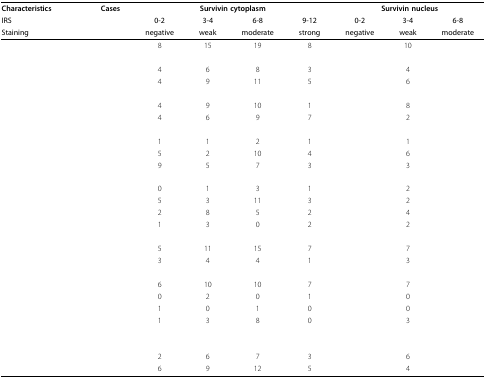
<table><thead><tr><td><b>Characteristics</b></td><td><b>Cases</b></td><td colspan="4"><b>Survivin cytoplasm</b></td><td colspan="3"><b>Survivin nucleus</b></td></tr><tr><td><b>IRS</b></td><td>[EMPTY_CELL]</td><td><b>0-2</b></td><td><b>3-4</b></td><td><b>6-8</b></td><td><b>9-12</b></td><td><b>0-2</b></td><td><b>3-4</b></td><td><b>6-8</b></td></tr><tr><td><b>Staining</b></td><td>[EMPTY_CELL]</td><td><b>negative</b></td><td><b>weak</b></td><td><b>moderate</b></td><td><b>strong</b></td><td><b>negative</b></td><td><b>weak</b></td><td><b>moderate</b></td></tr></thead><tbody><tr><td>[EMPTY_CELL]</td><td>[EMPTY_CELL]</td><td>8</td><td>15</td><td>19</td><td>8</td><td>[EMPTY_CELL]</td><td>10</td><td>[EMPTY_CELL]</td></tr><tr><td>[EMPTY_CELL]</td><td>[EMPTY_CELL]</td><td>[EMPTY_CELL]</td><td>[EMPTY_CELL]</td><td>[EMPTY_CELL]</td><td>[EMPTY_CELL]</td><td>[EMPTY_CELL]</td><td>[EMPTY_CELL]</td><td>[EMPTY_CELL]</td></tr><tr><td>[EMPTY_CELL]</td><td>[EMPTY_CELL]</td><td>4</td><td>6</td><td>8</td><td>3</td><td>[EMPTY_CELL]</td><td>4</td><td>[EMPTY_CELL]</td></tr><tr><td>[EMPTY_CELL]</td><td>[EMPTY_CELL]</td><td>4</td><td>9</td><td>11</td><td>5</td><td>[EMPTY_CELL]</td><td>6</td><td>[EMPTY_CELL]</td></tr><tr><td>[EMPTY_CELL]</td><td>[EMPTY_CELL]</td><td>[EMPTY_CELL]</td><td>[EMPTY_CELL]</td><td>[EMPTY_CELL]</td><td>[EMPTY_CELL]</td><td>[EMPTY_CELL]</td><td>[EMPTY_CELL]</td><td>[EMPTY_CELL]</td></tr><tr><td>[EMPTY_CELL]</td><td>[EMPTY_CELL]</td><td>4</td><td>9</td><td>10</td><td>1</td><td>[EMPTY_CELL]</td><td>8</td><td>[EMPTY_CELL]</td></tr><tr><td>[EMPTY_CELL]</td><td>[EMPTY_CELL]</td><td>4</td><td>6</td><td>9</td><td>7</td><td>[EMPTY_CELL]</td><td>2</td><td>[EMPTY_CELL]</td></tr><tr><td>[EMPTY_CELL]</td><td>[EMPTY_CELL]</td><td>[EMPTY_CELL]</td><td>[EMPTY_CELL]</td><td>[EMPTY_CELL]</td><td>[EMPTY_CELL]</td><td>[EMPTY_CELL]</td><td>[EMPTY_CELL]</td><td>[EMPTY_CELL]</td></tr><tr><td>[EMPTY_CELL]</td><td>[EMPTY_CELL]</td><td>1</td><td>1</td><td>2</td><td>1</td><td>[EMPTY_CELL]</td><td>1</td><td>[EMPTY_CELL]</td></tr><tr><td>[EMPTY_CELL]</td><td>[EMPTY_CELL]</td><td>5</td><td>2</td><td>10</td><td>4</td><td>[EMPTY_CELL]</td><td>6</td><td>[EMPTY_CELL]</td></tr><tr><td>[EMPTY_CELL]</td><td>[EMPTY_CELL]</td><td>9</td><td>5</td><td>7</td><td>3</td><td>[EMPTY_CELL]</td><td>3</td><td>[EMPTY_CELL]</td></tr><tr><td>[EMPTY_CELL]</td><td>[EMPTY_CELL]</td><td>[EMPTY_CELL]</td><td>[EMPTY_CELL]</td><td>[EMPTY_CELL]</td><td>[EMPTY_CELL]</td><td>[EMPTY_CELL]</td><td>[EMPTY_CELL]</td><td>[EMPTY_CELL]</td></tr><tr><td>[EMPTY_CELL]</td><td>[EMPTY_CELL]</td><td>0</td><td>1</td><td>3</td><td>1</td><td>[EMPTY_CELL]</td><td>2</td><td>[EMPTY_CELL]</td></tr><tr><td>[EMPTY_CELL]</td><td>[EMPTY_CELL]</td><td>5</td><td>3</td><td>11</td><td>3</td><td>[EMPTY_CELL]</td><td>2</td><td>[EMPTY_CELL]</td></tr><tr><td>[EMPTY_CELL]</td><td>[EMPTY_CELL]</td><td>2</td><td>8</td><td>5</td><td>2</td><td>[EMPTY_CELL]</td><td>4</td><td>[EMPTY_CELL]</td></tr><tr><td>[EMPTY_CELL]</td><td>[EMPTY_CELL]</td><td>1</td><td>3</td><td>0</td><td>2</td><td>[EMPTY_CELL]</td><td>2</td><td>[EMPTY_CELL]</td></tr><tr><td>[EMPTY_CELL]</td><td>[EMPTY_CELL]</td><td>[EMPTY_CELL]</td><td>[EMPTY_CELL]</td><td>[EMPTY_CELL]</td><td>[EMPTY_CELL]</td><td>[EMPTY_CELL]</td><td>[EMPTY_CELL]</td><td>[EMPTY_CELL]</td></tr><tr><td>[EMPTY_CELL]</td><td>[EMPTY_CELL]</td><td>5</td><td>11</td><td>15</td><td>7</td><td>[EMPTY_CELL]</td><td>7</td><td>[EMPTY_CELL]</td></tr><tr><td>[EMPTY_CELL]</td><td>[EMPTY_CELL]</td><td>3</td><td>4</td><td>4</td><td>1</td><td>[EMPTY_CELL]</td><td>3</td><td>[EMPTY_CELL]</td></tr><tr><td>[EMPTY_CELL]</td><td>[EMPTY_CELL]</td><td>[EMPTY_CELL]</td><td>[EMPTY_CELL]</td><td>[EMPTY_CELL]</td><td>[EMPTY_CELL]</td><td>[EMPTY_CELL]</td><td>[EMPTY_CELL]</td><td>[EMPTY_CELL]</td></tr><tr><td>[EMPTY_CELL]</td><td>[EMPTY_CELL]</td><td>6</td><td>10</td><td>10</td><td>7</td><td>[EMPTY_CELL]</td><td>7</td><td>[EMPTY_CELL]</td></tr><tr><td>[EMPTY_CELL]</td><td>[EMPTY_CELL]</td><td>0</td><td>2</td><td>0</td><td>1</td><td>[EMPTY_CELL]</td><td>0</td><td>[EMPTY_CELL]</td></tr><tr><td>[EMPTY_CELL]</td><td>[EMPTY_CELL]</td><td>1</td><td>0</td><td>1</td><td>0</td><td>[EMPTY_CELL]</td><td>0</td><td>[EMPTY_CELL]</td></tr><tr><td>[EMPTY_CELL]</td><td>[EMPTY_CELL]</td><td>1</td><td>3</td><td>8</td><td>0</td><td>[EMPTY_CELL]</td><td>3</td><td>[EMPTY_CELL]</td></tr><tr><td>[EMPTY_CELL]</td><td>[EMPTY_CELL]</td><td>[EMPTY_CELL]</td><td>[EMPTY_CELL]</td><td>[EMPTY_CELL]</td><td>[EMPTY_CELL]</td><td>[EMPTY_CELL]</td><td>[EMPTY_CELL]</td><td>[EMPTY_CELL]</td></tr><tr><td>[EMPTY_CELL]</td><td>[EMPTY_CELL]</td><td>[EMPTY_CELL]</td><td>[EMPTY_CELL]</td><td>[EMPTY_CELL]</td><td>[EMPTY_CELL]</td><td>[EMPTY_CELL]</td><td>[EMPTY_CELL]</td><td>[EMPTY_CELL]</td></tr><tr><td>[EMPTY_CELL]</td><td>[EMPTY_CELL]</td><td>2</td><td>6</td><td>7</td><td>3</td><td>[EMPTY_CELL]</td><td>6</td><td>[EMPTY_CELL]</td></tr><tr><td>[EMPTY_CELL]</td><td>[EMPTY_CELL]</td><td>6</td><td>9</td><td>12</td><td>5</td><td>[EMPTY_CELL]</td><td>4</td><td>[EMPTY_CELL]</td></tr></tbody></table>